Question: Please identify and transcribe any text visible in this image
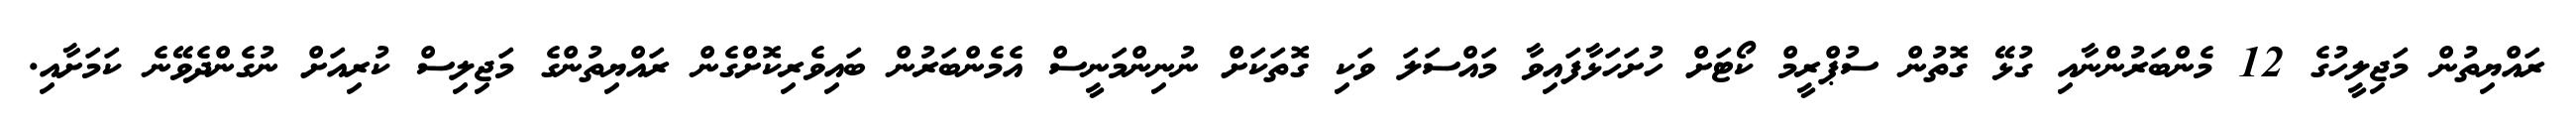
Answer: ރައްޔިތުން މަޖިލީހުގެ 12 މެންބަރުންނާއި ގުޅޭ ގޮތުން ސުޕްރީމް ކޯޓަށް ހުށަހަޅާފައިވާ މައްސަލަ ވަކި ގޮތަކަށް ނުނިންމަނީސް އެމެންބަރުން ބައިވެރިކޮށްގެން ރައްޔިތުންގެ މަޖިލިސް ކުރިއަށް ނުގެންދެވޭނެ ކަމަށާއި.